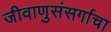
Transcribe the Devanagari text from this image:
जीवाणुसंसर्गाचा